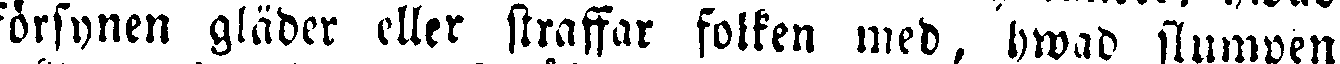
försynen gläder eller straffar folken med, hwad slumpen